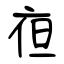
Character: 亱